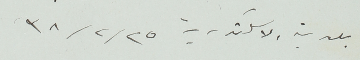
بلدية الاسكندرية ٢٥ / ٢ /٣٨